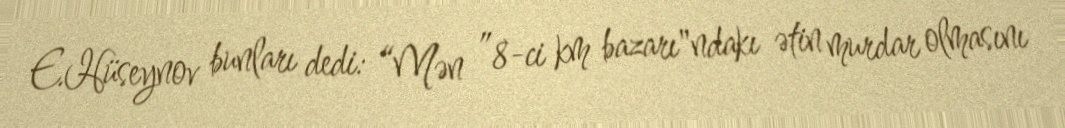
E.Hüseynov bunları dedi: “Mən ”8-ci km bazarı"ndakı ətin murdar olmasını